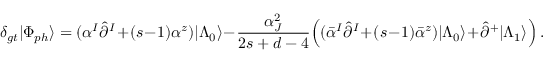
\delta _ { g t } | \Phi _ { p h } \rangle = ( \alpha ^ { I } \hat { \partial } ^ { I } + ( s - 1 ) \alpha ^ { z } ) | \Lambda _ { 0 } \rangle - \frac { \alpha _ { J } ^ { 2 } } { 2 s + d - 4 } \Bigl ( ( \bar { \alpha } ^ { I } \hat { \partial } ^ { I } + ( s - 1 ) \bar { \alpha } ^ { z } ) | \Lambda _ { 0 } \rangle + \hat { \partial } ^ { + } | \Lambda _ { 1 } \rangle \Bigr ) \, .